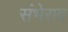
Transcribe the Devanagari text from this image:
संभेराव